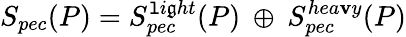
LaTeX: S_{pec}(P)=S_{pec}^{\mathtt{l}i\mathfrak{g}ht}(P)\: \oplus\: S_{pec}^{hea\mathbf{v}y}(P)